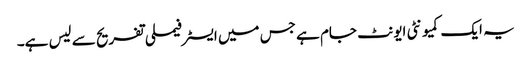
یہ ایک کمیونٹی ایونٹ جام ہے جس میں ایسٹر فیملی تفریح ​​سے لیس ہے۔